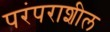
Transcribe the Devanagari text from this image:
परंपराशील